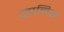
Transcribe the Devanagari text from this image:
जानिस